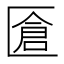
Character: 𠥐